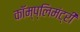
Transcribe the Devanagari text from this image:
कॉम्प्लिमंट्री